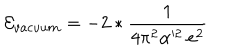
LaTeX: { \cal E } _ { v a c u u m } = - 2 * \frac { 1 } { 4 \pi ^ { 2 } \alpha ^ { 2 } \: e ^ { 2 } }